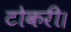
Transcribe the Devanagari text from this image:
टोकरी।